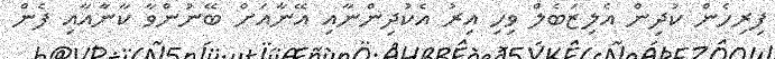
ފިރިހެން ކުދިން އެލިޒަބެލް ވިހި އިރު އެކުދިންނާއި އޭނާއަށް ބޭނުންވާ ކާނާއާއި ފެން